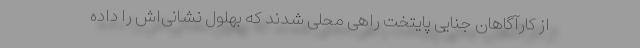
از کارآگاهان جنایی پایتخت راهی محلی شدند که بهلول نشانی‌اش را داده